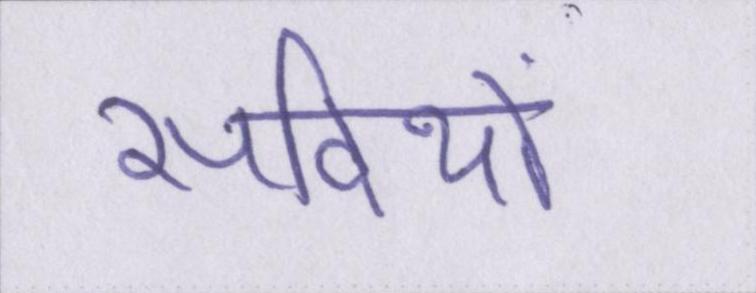
सदियों